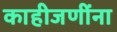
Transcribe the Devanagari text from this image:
काहीजणींना